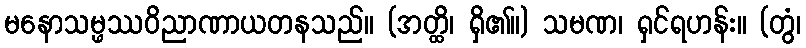
မနောသမ္ဖဿဝိညာဏာယတနသည်။ (အတ္ထိ၊ ရှိ၏။) သမဏ၊ ရှင်ရဟန်း။ (တွံ၊